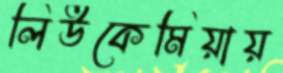
লিউকেমিয়ায়